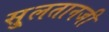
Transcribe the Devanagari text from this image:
सु्लतानजी